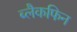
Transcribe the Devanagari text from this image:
ब्लैकफिन